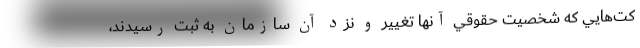
كت‌هايي كه شخصيت حقوقي آنها تغيير و نزد آن سازمان به ثبت رسيدند،